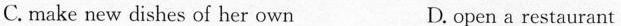
C. make new dishes of her own D. open a restaurant